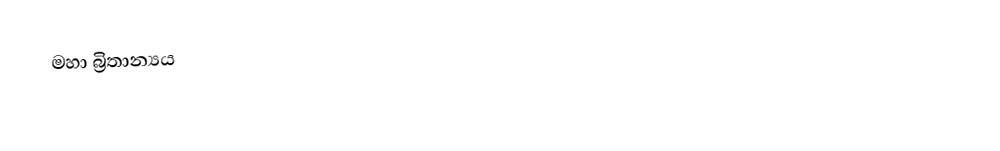
මහා බ්‍රිතාන්‍යය